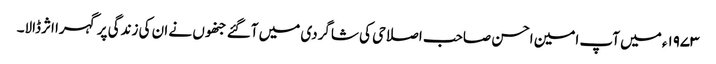
۱۹۷۳ء میں آپ امین احسن صاحب اصلاحی کی شاگردی میں آگئے جنھوں نے ان کی زندگی پر گہرا اثرڈالا۔